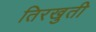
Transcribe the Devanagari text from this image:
तिरखुती